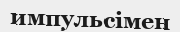
импульсімен